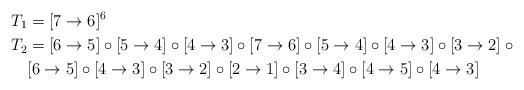
LaTeX: \begin{align*}T_1 &= [7 \to 6]^6 \\T_2 &= [6 \to 5] \circ [5 \to 4] \circ [4 \to 3] \circ [7 \to 6] \circ [5 \to 4] \circ [4 \to 3] \circ [3 \to 2] \circ {} \\& [6 \to 5] \circ [4 \to 3] \circ [3 \to 2] \circ [2 \to 1] \circ [3 \to 4] \circ [4 \to 5] \circ [4 \to 3]\end{align*}